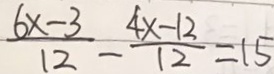
\frac { 6 x - 3 } { 1 2 } - \frac { 4 x - 1 2 } { 1 2 } = 1 5